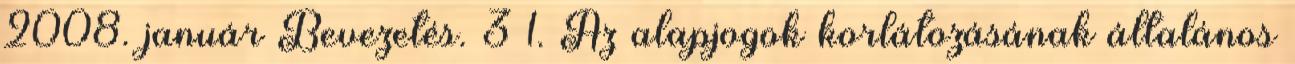
2008. január Bevezetés. 3 1. Az alapjogok korlátozásának általános